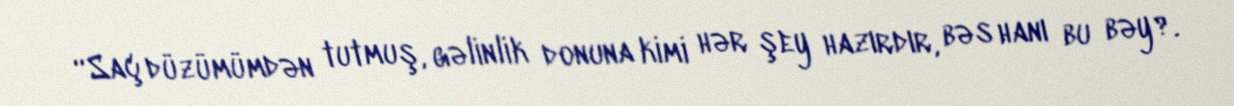
“Saç düzümümdən tutmuş, gəlinlik donuna kimi hər şey hazırdır, bəs hanı bu bəy?.